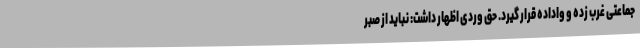
جماعتی غرب زده و واداده قرار گیرد. حق وردی اظهار داشت: نباید از صبر